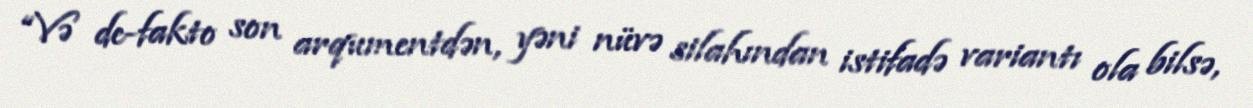
“Və de-fakto son arqumentdən, yəni nüvə silahından istifadə variantı ola bilsə,